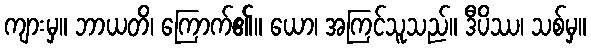
ကျားမှ။ ဘာယတိ၊ ကြောက်၏။ ယော၊ အကြင်သူသည်။ ဒီပိဿ၊ သစ်မှ။